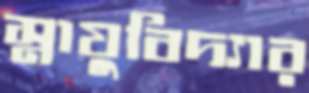
স্নায়ুবিদ্যার